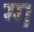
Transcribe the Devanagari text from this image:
ग्ग